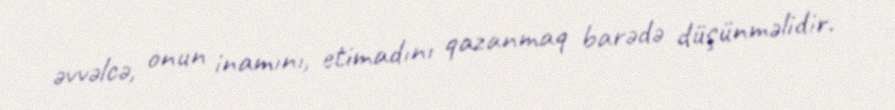
əvvəlcə, onun inamını, etimadını qazanmaq barədə düşünməlidir.